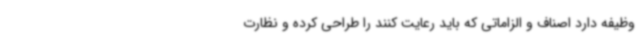
وظیفه دارد اصناف و الزاماتی که باید رعایت کنند را طراحی کرده و نظارت